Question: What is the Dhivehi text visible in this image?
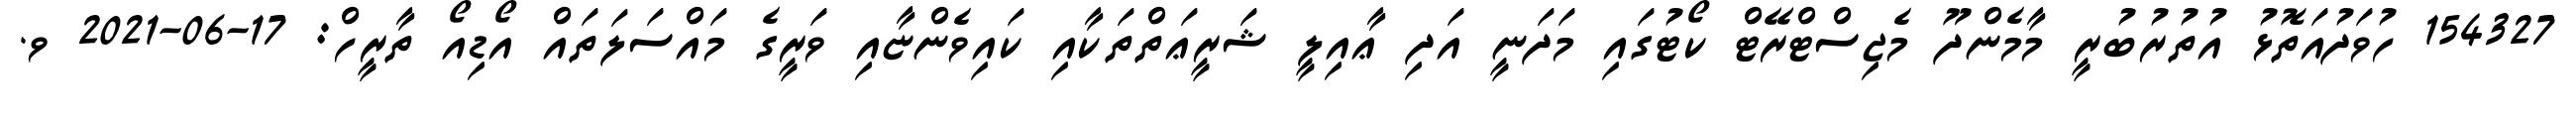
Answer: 154327 ހުވަދުއަތޮޅު އުތުރުބުރީ މާމެންދޫ މެޖިސްޓްރޭޓް ކޯޓުގައި މަދަނީ އަދި ޢާއިލީ ޝަރީޢަތްތަކާއި ކައިވެންޏާއި ވަރީގެ މައްސަލަތައް އޯޑިއޯ ތާރީހް: 17-06-2021 ވ.